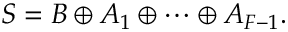
S = B \oplus A _ { 1 } \oplus \cdots \oplus A _ { F - 1 } .